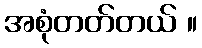
အစုံတတ်တယ် ။